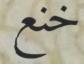
خنع